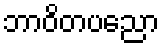
ဘာဝိတပညော